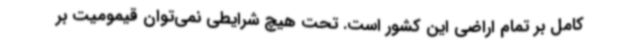
کامل بر تمام اراضی این کشور است. تحت هیچ شرایطی نمی‌توان قیمومیت بر